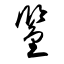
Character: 鑒